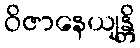
ဝိဇာနေယျန္တိ